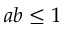
a b \leq 1